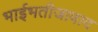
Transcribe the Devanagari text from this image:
भाईभतीजावाद